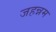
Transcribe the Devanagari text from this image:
जहन्नम